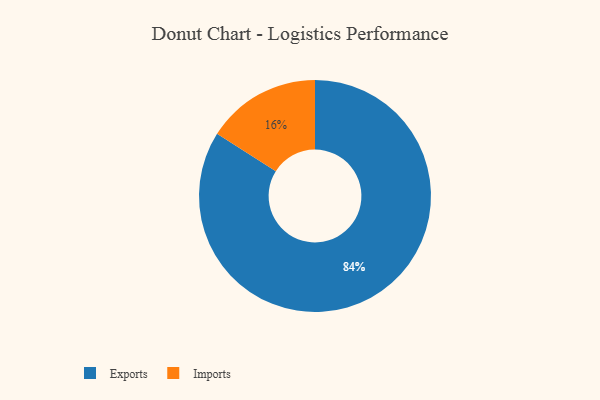
{"axis": {"x": "Category", "y": "Percentage"}, "legend": ["Exports", "Imports"], "data": [{"x": "Exports", "y": 84, "type": "Exports"}, {"x": "Imports", "y": 16, "type": "Imports"}]}